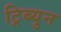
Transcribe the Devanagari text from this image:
ट्रिब्युन